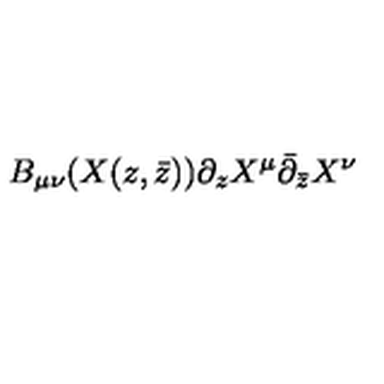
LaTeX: B _ { \mu \nu } ( X ( z , \bar { z } ) ) \partial _ { z } X ^ { \mu } \bar { \partial } _ { \bar { z } } X ^ { \nu }